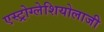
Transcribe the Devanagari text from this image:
एस्ट्रोग्लेशियोलाजी